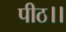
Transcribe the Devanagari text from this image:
पीठ।।